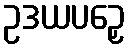
ဥဒယပဉှေ